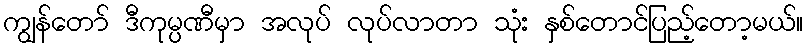
ကျွန်တော် ဒီကုမ္ပဏီမှာ အလုပ် လုပ်လာတာ သုံး နှစ်တောင်ပြည့်တော့မယ်။